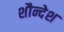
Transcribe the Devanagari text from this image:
शौन्देश